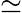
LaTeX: \simeq